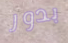
بدور